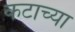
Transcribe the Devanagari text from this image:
कटाच्या